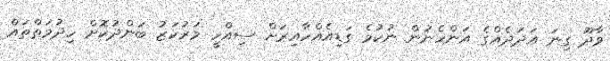
ވާދޫ ގިނަ އަދަދެއްގެ އަންހެނުން ނުކުމެ ގަޑިއެއްހާއިރަށް ސިއްހީ މަރުކަޒު ބަންދުކޮށް ހިދުމަތްތައް